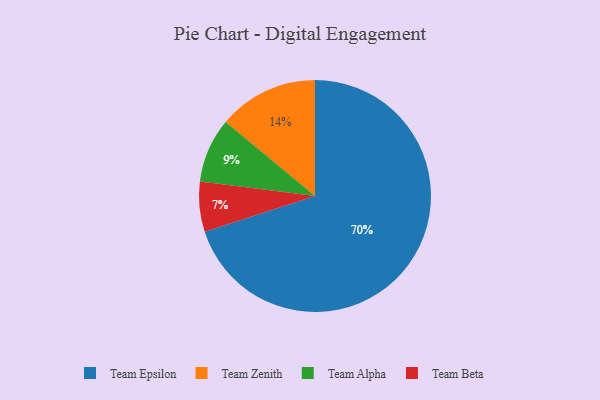
{"axis": {"x": "Category", "y": "Percentage"}, "legend": ["Team Alpha", "Team Beta", "Team Epsilon", "Team Zenith"], "data": [{"x": "Team Epsilon", "y": 70, "type": "Team Epsilon"}, {"x": "Team Beta", "y": 7, "type": "Team Beta"}, {"x": "Team Alpha", "y": 9, "type": "Team Alpha"}, {"x": "Team Zenith", "y": 14, "type": "Team Zenith"}]}